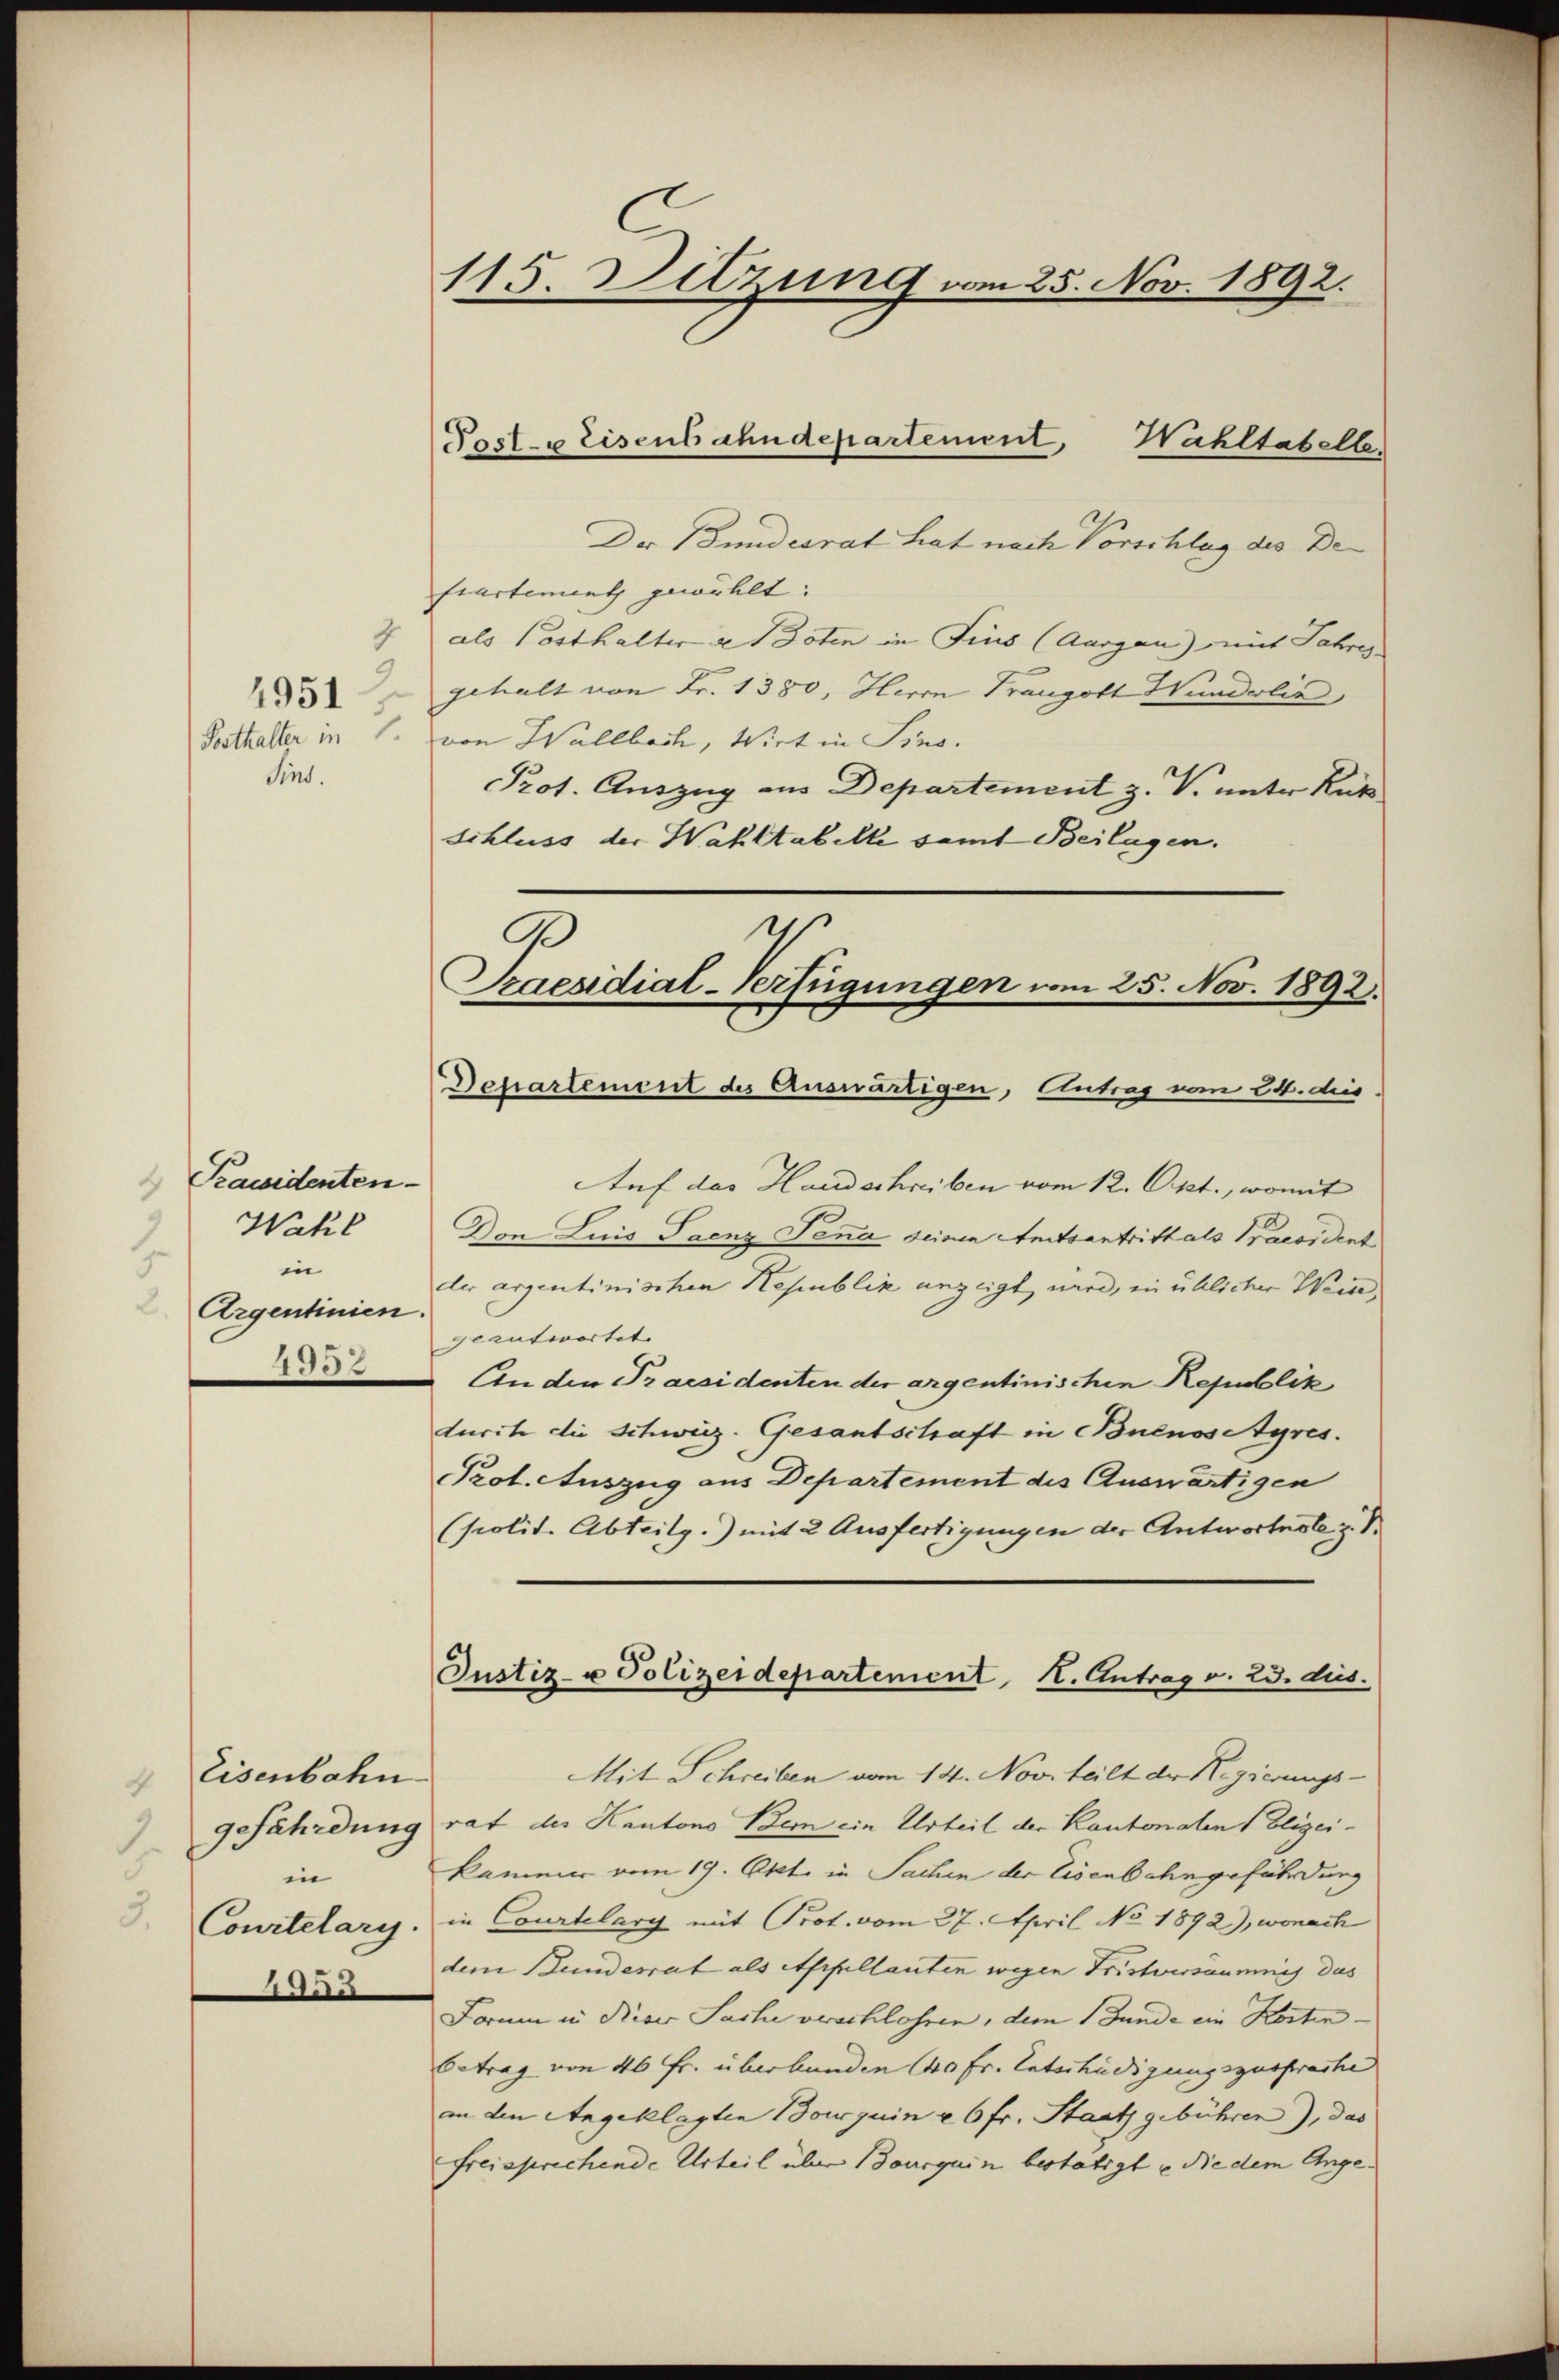
Porthalter in
Sins.

4951

Pacidenten
Wahl
in
Argentinien.
4302

Eisenbahn
4
gefährdung
.
in
3.
Courtelary.
1955

115. Sitzung vom 25. Nov. 1892.

Der Bundesrat hat nach Vorschlag des De
fiartement gewählt:
7 als Posthalter a 1sten in Fins (Aargau) mit Jahres
gehalt von Fr. 1380, Herrn Franzott Wundelis
von Wallbach, Wirt in Sino.
Prot. Auszug aus Departement z. V. unter Ruts
schluss der Wahltabelle samt Beilagen.
.

Post- & Eisenbahndepartement,
Wahltabell

.
Praesidial-Verfügungen vom 25. Nov. 1892.
Dchartement des Auswärtigen, Antrag vom 24. dis

Auf das Handschreiben vom 12. Okt., womit
Don Luis Paenz Sena seinen Amtsantritt als Praesident
der argentinischen Republik anzeigt wird, in üblicher Weingeantwortet
An der Praesidenten der argentinischen Republik
durch die Schweiz. Gesantschaft in Buenosstyres.
Prot. Auszug aus Departement des Auswärtigen
(polit. Abteilg.) mit 2 Ausfertigungen der Antworteste z. B.
Justiz- u Polizeidepartement K. Antrag v. 23. dies
Mit Schreiben vom 14. Nov. teilt der Regierungsrat des Kantons Bern ein Urteil der Kantonalen Polizeikammer vom 19. Okt. in Sachen der Eisenbahngeführung
in Courtelary mit Prot. vom 27. April No 1892), wonach
dem Bundesrat als Appellanten wegen Fristversäumung des
Forum in Riser Sache verschlossen, dem Bunde ein Kostenbetrag von 40 Fr. überbunden 140 fr. Entschädigungszusprache
an den Angeklagten Bouquin à 6 fr. Staat gebühren), das
freisprechende Urteil über Bourquin bestätigt u die dem Ange¬